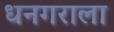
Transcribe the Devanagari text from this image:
धनगराला